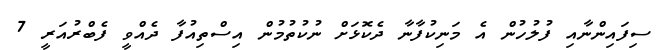
ސިފައިންނާއި ފުލުހުން އެ މަނިކުފާނާ ދެކޮޅަށް ނުކުތުމުން އިސްތިއުފާ ދެއްވީ ފެބްރުއަރީ 7